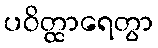
ပဝိတ္ထာရေတွာ